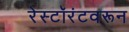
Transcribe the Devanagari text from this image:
रेस्टॉरंटवरून